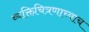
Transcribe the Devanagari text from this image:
व्यक्तिचित्रणाच्याच